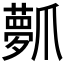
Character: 𤔻